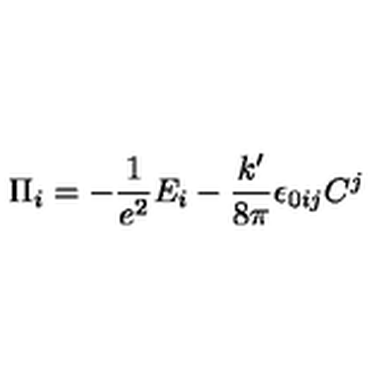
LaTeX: \Pi _ { i } = - \frac 1 { e ^ { 2 } } E _ { i } - \frac { k ^ { \prime } } { 8 \pi } \epsilon _ { 0 i j } C ^ { j }